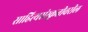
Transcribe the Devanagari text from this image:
साहित्यसंस्कृतीवरील